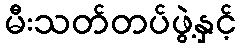
မီးသတ်တပ်ဖွဲ့နှင့်